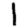
Digit: 1